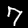
Digit: 7